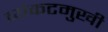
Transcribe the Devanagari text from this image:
व्यंकटमुखी